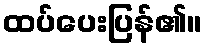
ထပ်ပေးပြန်၏။